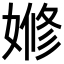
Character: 𡟞